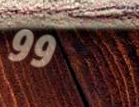
99¢